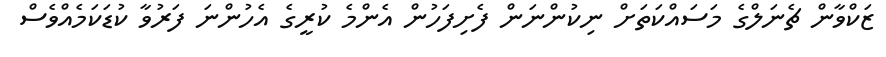
ޒަކްވާން ޗެނަލްގެ މަސައްކަތަށް ނިކުންނަން ފެށިފަހުން އެންމެ ކުރީގެ އެހުންނަ ފަރުވާ ކުޑަކަމެއްވެސް